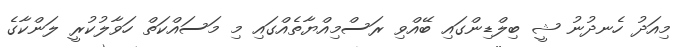
މިއަދު ހެނދުނު ޝީ ބިލްޑިންގައި ބޭއްވި ރަސްމިއްޔާތެއްގައި މި މަސައްކަތް ހަވާލުކުރީ ލަންކާގެ